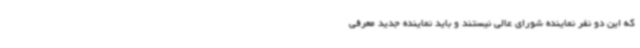
که این دو نفر نماینده شورای عالی نیستند و باید نماینده جدید معرفی